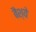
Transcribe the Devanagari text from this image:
बैश्ये